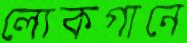
লোকগানে